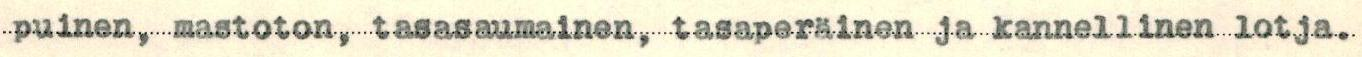
puinen, mastoton, tasasaumainen, tasaperäinen ja kannellinen lotja.